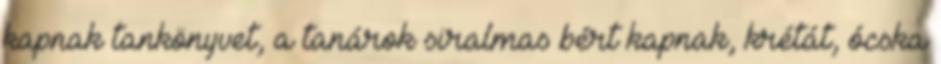
kapnak tankönyvet, a tanárok siralmas bért kapnak, krétát, ócska